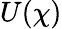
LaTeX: U(\chi)